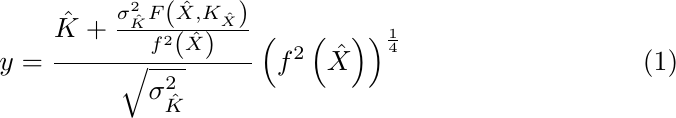
\begin{equation}
y=\frac{\hat{K}+\frac{\sigma _{\hat{K}}^{2}F\left( \hat{X},K_{\hat{X}%
}\right) }{f^{2}\left( \hat{X}\right) }}{\sqrt{\sigma _{\hat{K}}^{2}}}\left(
f^{2}\left( \hat{X}\right) \right) ^{\frac{1}{4}}  \label{cvr}
\end{equation}%